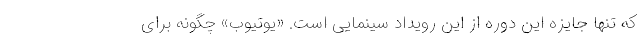
که تنها جایزه این دوره از این رویداد سینمایی است. «یوتیوب» چگونه برای